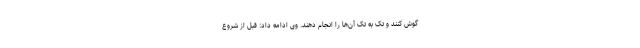
گوش کنند و تک به تک آن‌ها را انجام دهند. وی ادامه داد: قبل از شروع